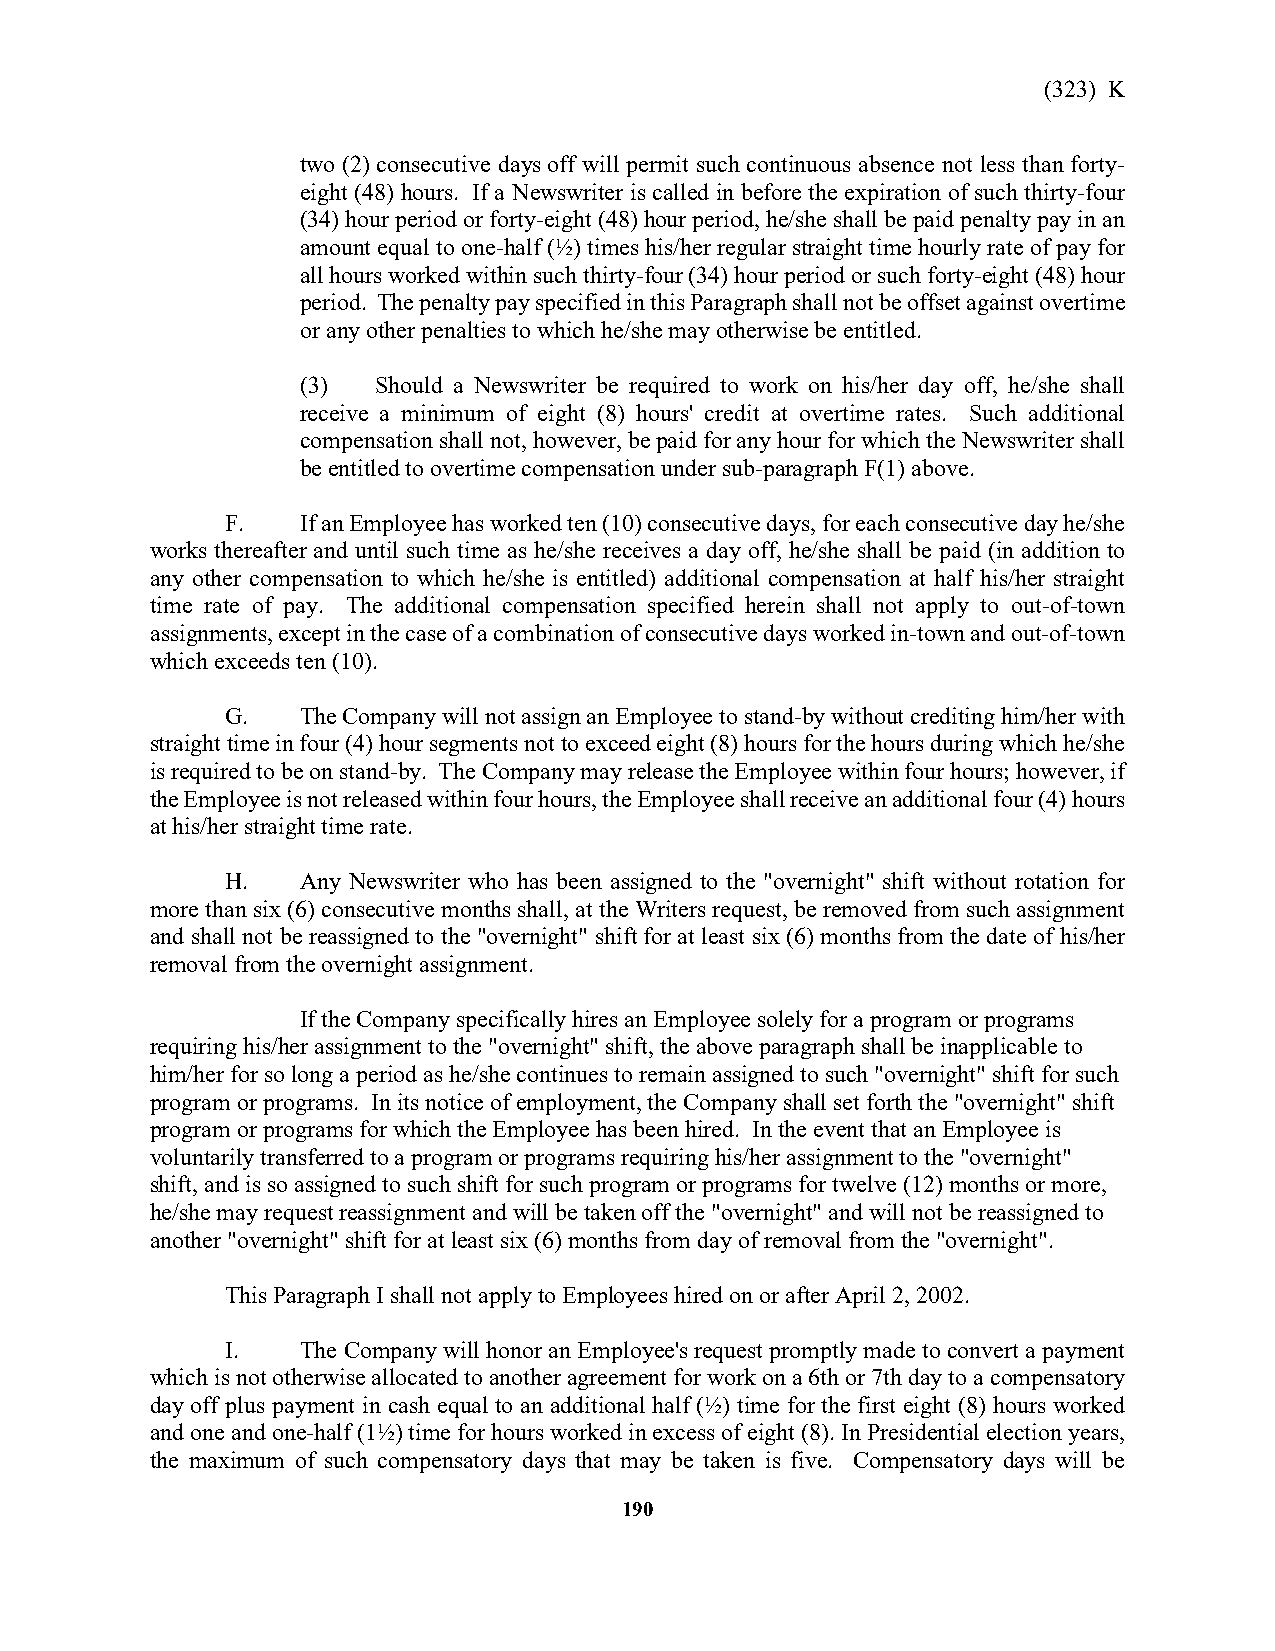
(323) K
 two (2) consecutive days off will permit such continuous absence not less than forty-
 eight (48) hours. If a Newswriter is called in before the expiration of such thirty-four
 (34) hour period or forty-eight (48) hour period, he/she shall be paid penalty pay in an
 amount equal to one-half (½) times his/her regular straight time hourly rate of pay for
 all hours worked within such thirty-four (34) hour period or such forty-eight (48) hour
 period. The penalty pay specified in this Paragraph shall not be offset against overtime
 or any other penalties to which he/she may otherwise be entitled.
 (3)  Should a Newswriter be required to work on his/her day off, he/she shall
 receive a minimum of eight (8) hours' credit at overtime rates. Such additional
 compensation shall not, however, be paid for any hour for which the Newswriter shall
 be entitled to overtime compensation under sub-paragraph F(1) above.
 F.   If an Employee has worked ten (10) consecutive days, for each consecutive day he/she
 works thereafter and until such time as he/she receives a day off, he/she shall be paid (in addition to
 any other compensation to which he/she is entitled) additional compensation at half his/her straight
 time rate of pay. The additional compensation specified herein shall not apply to out-of-town
 assignments, except in the case of a combination of consecutive days worked in-town and out-of-town
 which exceeds ten (10).
 G.   The Company will not assign an Employee to stand-by without crediting him/her with
 straight time in four (4) hour segments not to exceed eight (8) hours for the hours during which he/she
 is required to be on stand-by. The Company may release the Employee within four hours; however, if
 the Employee is not released within four hours, the Employee shall receive an additional four (4) hours
 at his/her straight time rate.
 H.   Any Newswriter who has been assigned to the "overnight" shift without rotation for
 more than six (6) consecutive months shall, at the Writers request, be removed from such assignment
 and shall not be reassigned to the "overnight" shift for at least six (6) months from the date of his/her
 removal from the overnight assignment.
 If the Company specifically hires an Employee solely for a program or programs
 requiring his/her assignment to the "overnight" shift, the above paragraph shall be inapplicable to
 him/her for so long a period as he/she continues to remain assigned to such "overnight" shift for such
 program or programs. In its notice of employment, the Company shall set forth the "overnight" shift
 program or programs for which the Employee has been hired. In the event that an Employee is
 voluntarily transferred to a program or programs requiring his/her assignment to the "overnight"
 shift, and is so assigned to such shift for such program or programs for twelve (12) months or more,
 he/she may request reassignment and will be taken off the "overnight" and will not be reassigned to
 another "overnight" shift for at least six (6) months from day of removal from the "overnight".
 This Paragraph I shall not apply to Employees hired on or after April 2, 2002.
 I.   The Company will honor an Employee's request promptly made to convert a payment
 which is not otherwise allocated to another agreement for work on a 6th or 7th day to a compensatory
 day off plus payment in cash equal to an additional half (½) time for the first eight (8) hours worked
 and one and one-half (1½) time for hours worked in excess of eight (8). In Presidential election years,
 the maximum of such compensatory days that may be taken is five. Compensatory days will be
 190